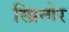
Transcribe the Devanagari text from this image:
स्प्रिन्गेर